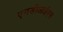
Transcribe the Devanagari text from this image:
एनडीआईएस